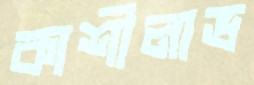
কাশীলাভ